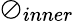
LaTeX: \oslash_{inner}